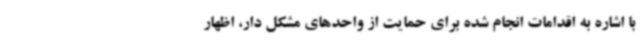
با اشاره به اقدامات انجام شده برای حمایت از واحدهای مشکل دار، اظهار